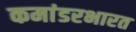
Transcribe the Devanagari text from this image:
कमांडरभारत